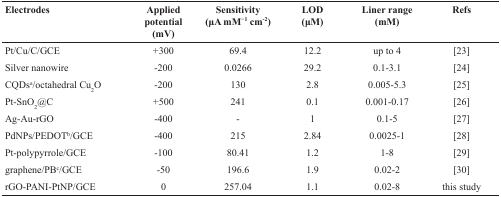
<table><thead><tr><td><b>Electrodes</b></td><td><b>Applied potential (mV)</b></td><td><b>Sensitivity (μA mM<sup>−1</sup> cm<sup>-2</sup>)</b></td><td><b>LOD (μM)</b></td><td><b>Liner range (mM)</b></td><td><b>Refs</b></td></tr></thead><tbody><tr><td>Pt/Cu/C/GCE</td><td>+300</td><td>69.4</td><td>12.2</td><td>up to 4</td><td>[23]</td></tr><tr><td>Silver nanowire</td><td>-200</td><td>0.0266</td><td>29.2</td><td>0.1-3.1</td><td>[24]</td></tr><tr><td>CQDs<sup>a</sup>/octahedral Cu<sub>2</sub>O</td><td>-200</td><td>130</td><td>2.8</td><td>0.005-5.3</td><td>[25]</td></tr><tr><td>Pt-SnO<sub>2</sub>@C</td><td>+500</td><td>241</td><td>0.1</td><td>0.001-0.17</td><td>[26]</td></tr><tr><td>Ag-Au-rGO</td><td>-400</td><td>-</td><td>1</td><td>0.1-5</td><td>[27]</td></tr><tr><td>PdNPs/PEDOT<sup>b</sup>/GCE</td><td>-400</td><td>215</td><td>2.84</td><td>0.0025-1</td><td>[28]</td></tr><tr><td>Pt-polypyrrole/GCE</td><td>-100</td><td>80.41</td><td>1.2</td><td>1-8</td><td>[29]</td></tr><tr><td>graphene/PB<sup>c</sup>/GCE</td><td>-50</td><td>196.6</td><td>1.9</td><td>0.02-2</td><td>[30]</td></tr><tr><td>rGO-PANI-PtNP/GCE</td><td>0</td><td>257.04</td><td>1.1</td><td>0.02-8</td><td>this study</td></tr></tbody></table>